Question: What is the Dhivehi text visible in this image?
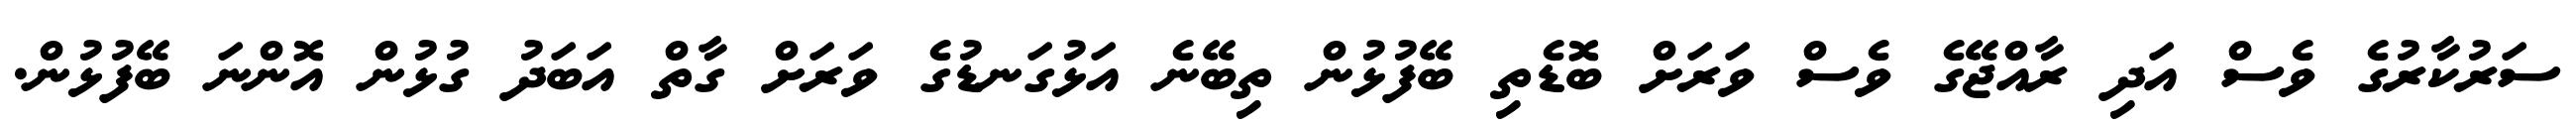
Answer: ސަރުކާރުގެ ވެސް އަދި ރާއްޖޭގެ ވެސް ވަރަށް ބޮޑެތި ބޭފުޅުން ތިބޭނެ އަޅުގަނޑުގެ ވަރަށް ގާތް އަބަދު ގުޅުން އޮންނަ ބޭފުޅުން.